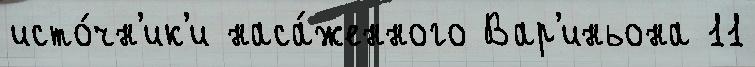
исто́чн'ик'и наса́женного Вар'иньона 11